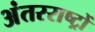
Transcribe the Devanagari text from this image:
अंतरराष्ट्रों